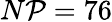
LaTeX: N\mathcal{P}=76